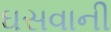
ઘસવાની